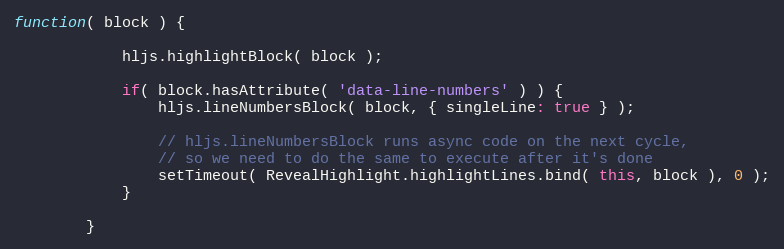
Language: JavaScript
function( block ) {

			hljs.highlightBlock( block );

			if( block.hasAttribute( 'data-line-numbers' ) ) {
				hljs.lineNumbersBlock( block, { singleLine: true } );

				// hljs.lineNumbersBlock runs async code on the next cycle,
				// so we need to do the same to execute after it's done
				setTimeout( RevealHighlight.highlightLines.bind( this, block ), 0 );
			}

		}